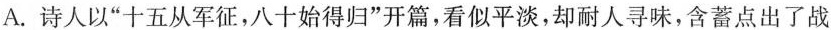
A.诗人以”十五从军征，八十始得归”开篇，看似平淡，却耐人寻味，含蓄点出了战